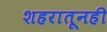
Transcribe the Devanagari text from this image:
शहरातूनही